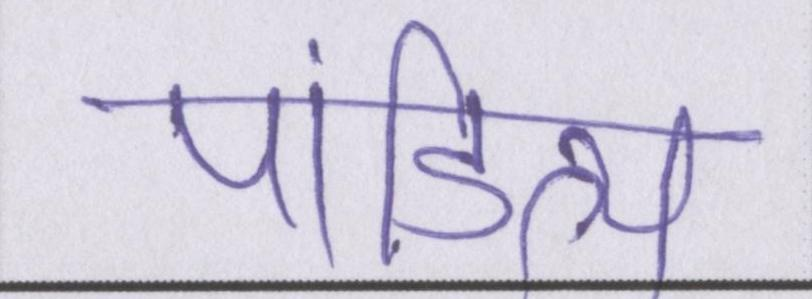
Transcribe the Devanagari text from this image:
पांडित्य